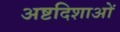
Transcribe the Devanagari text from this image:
अष्टदिशाओं